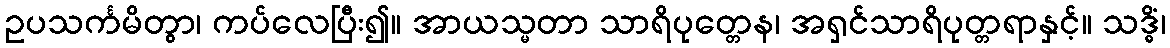
ဥပသင်္ကမိတွာ၊ ကပ်လေပြီး၍။ အာယသ္မတာ သာရိပုတ္တေန၊ အရှင်သာရိပုတ္တရာနှင့်။ သဒ္ဓိံ၊